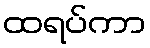
ထရပ်ကာ